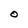
Character: O